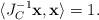
LaTeX: \begin{align*}\langle J^{-1}_C\textbf{x},\textbf{x}\rangle=1.\end{align*}